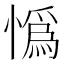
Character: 𢠿